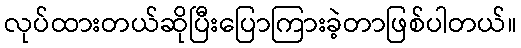
လုပ်ထားတယ်ဆိုပြီးပြောကြားခဲ့တာဖြစ်ပါတယ်။